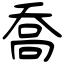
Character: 喬